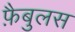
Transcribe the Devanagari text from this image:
फ़ैबुलस